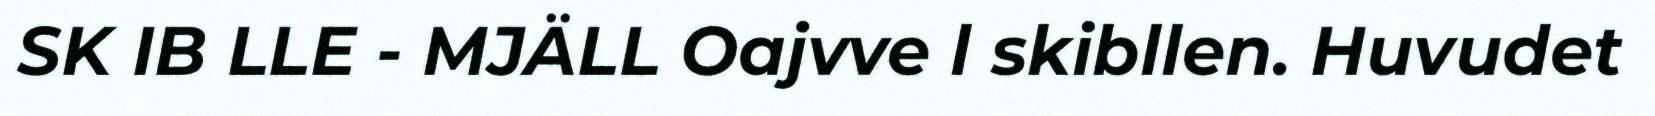
SK IB LLE - MJÄLL Oajvve l skibllen. Huvudet